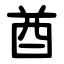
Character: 酋